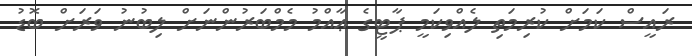
ރައީސް ކަމަށް ކުރިމަތި ލެއްވިކަމީ ޕާޓީގެ ޢާއްމު މެމްބަރުންނަށް ލިބުނު ވަރަށް ބޮޑު